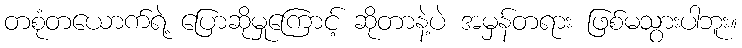
တစုံတယောက်ရဲ့ ပြောဆိုမှုကြောင့် ဆိုတာနဲ့ပဲ အမှန်တရား ဖြစ်မသွားပါဘူး။